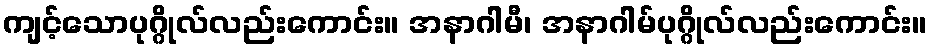
ကျင့်သောပုဂ္ဂိုလ်လည်းကောင်း။ အနာဂါမီ၊ အနာဂါမ်ပုဂ္ဂိုလ်လည်းကောင်း။